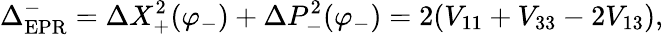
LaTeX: \Delta_{\mathrm{EPR}}^{-}=\Delta X_{+}^{2}(\varphi_{-})+\Delta P_{-}^{2}(\varphi_{-})=2(V_{11}+V_{33}-2V_{13}),